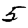
Digit: 5